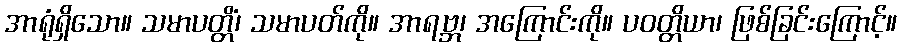
အာရုံရှိသော။ သမာပတ္တိံ၊ သမာပတ်ကို။ အာရဗ္ဘ၊ အကြောင်းကို။ ပဝတ္တိယာ၊ ဖြစ်ခြင်းကြောင့်။